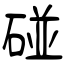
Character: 碰